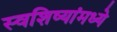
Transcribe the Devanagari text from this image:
स्वशिष्यांमध्ये